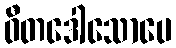
ဝီတဒေါသောပေ